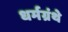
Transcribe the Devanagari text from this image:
धर्मग्रंथे